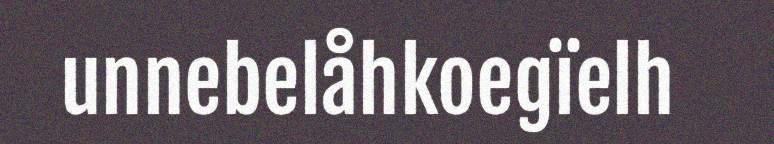
unnebelåhkoegïelh